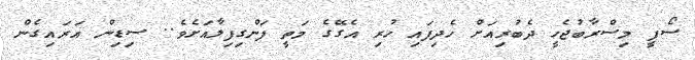
ސޯފީ މިސްރާބުޖެހީ ދެބުރިއަށް ހެދިފައި ހުރި އެގޭގެ މަތީ ފަންގިފިލާއަށެވެ.. ސިޑިން އަރައިގެން